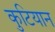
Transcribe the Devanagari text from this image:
कुटियान